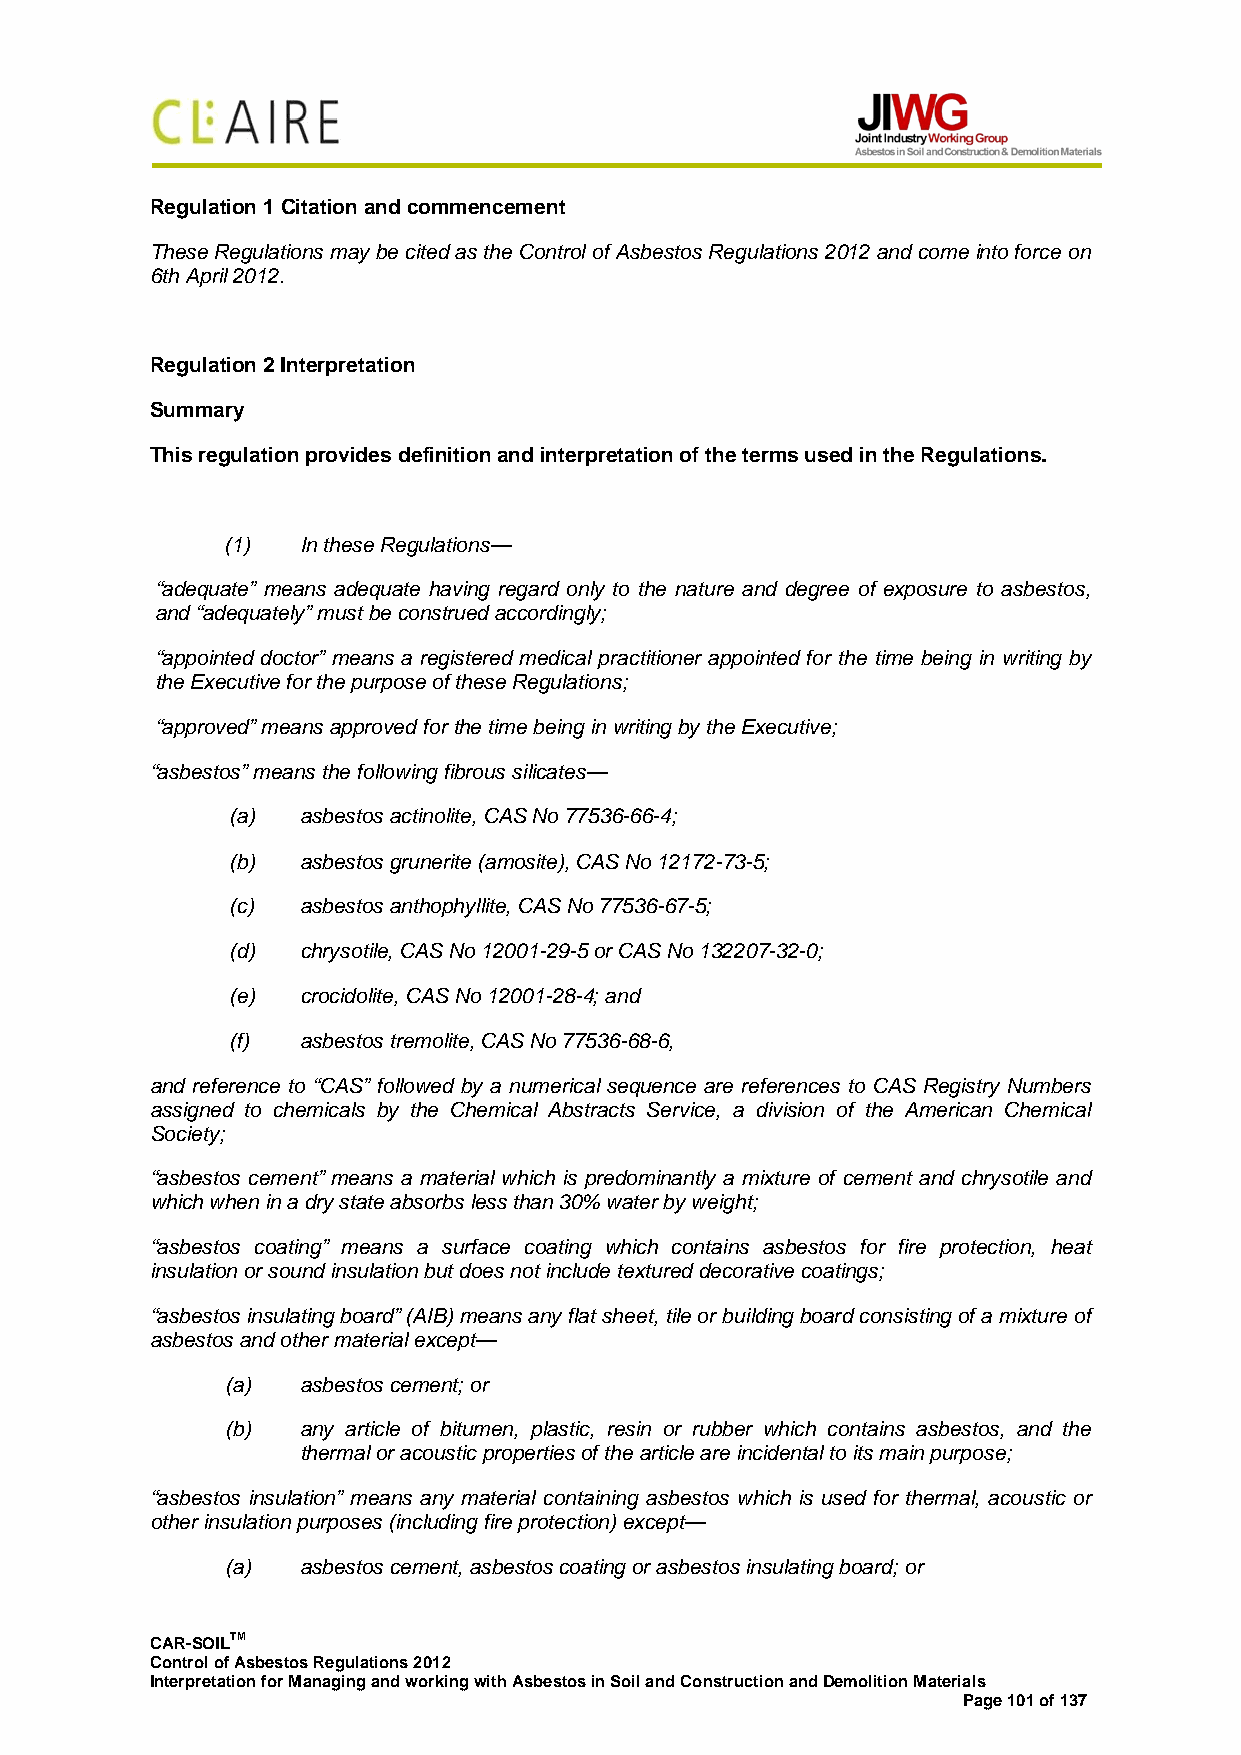
Regulation 1 Citation and commencement
 These Regulations may be cited as the Control of Asbestos Regulations 2012 and come into force on
 6th April 2012.
 Regulation 2 Interpretation
 Summary
 This regulation provides definition and interpretation of the terms used in the Regulations.
 (1)  In these Regulations—
 “adequate” means adequate having regard only to the nature and degree of exposure to asbestos,
 and “adequately” must be construed accordingly;
 “appointed doctor” means a registered medical practitioner appointed for the time being in writing by
 the Executive for the purpose of these Regulations;
 “approved” means approved for the time being in writing by the Executive;
 “asbestos” means the following fibrous silicates—
 (a)  asbestos actinolite, CAS No 77536-66-4;
 (b)  asbestos grunerite (amosite), CAS No 12172-73-5;
 (c)  asbestos anthophyllite, CAS No 77536-67-5;
 (d)  chrysotile, CAS No 12001-29-5 or CAS No 132207-32-0;
 (e)  crocidolite, CAS No 12001-28-4; and
 (f)  asbestos tremolite, CAS No 77536-68-6,
 and reference to “CAS” followed by a numerical sequence are references to CAS Registry Numbers
 assigned to chemicals by the Chemical Abstracts Service, a division of the American Chemical
 Society;
 “asbestos cement” means a material which is predominantly a mixture of cement and chrysotile and
 which when in a dry state absorbs less than 30% water by weight;
 “asbestos coating” means a surface coating which contains asbestos for fire protection, heat
 insulation or sound insulation but does not include textured decorative coatings;
 “asbestos insulating board” (AIB) means any flat sheet, tile or building board consisting of a mixture of
 asbestos and other material except—
 (a)  asbestos cement; or
 (b)  any article of bitumen, plastic, resin or rubber which contains asbestos, and the
 thermal or acoustic properties of the article are incidental to its main purpose;
 “asbestos insulation” means any material containing asbestos which is used for thermal, acoustic or
 other insulation purposes (including fire protection) except—
 (a)  asbestos cement, asbestos coating or asbestos insulating board; or
 CAR-SOILTM
 Control of Asbestos Regulations 2012
 Interpretation for Managing and working with Asbestos in Soil and Construction and Demolition Materials
 Page 101 of 137